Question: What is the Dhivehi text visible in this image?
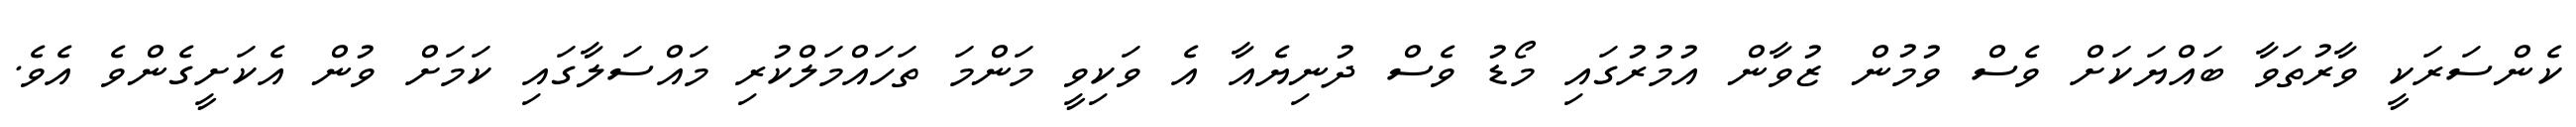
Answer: ކެންސަރަކީ ވާރުތަވާ ބައްޔަކަށް ވެސް ވުމުން ޒުވާން އުމުރުގައި މޯޑު ވެސް ދުނިޔެއާ އެ ވަކިވީ މަންމަ ތަހައްމަލްކުރި މައްސަލާގައި ކަމަށް ވުން އެކަށީގެންވެ އެވެ.